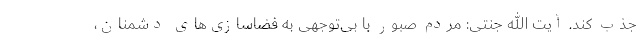
جذب کند. آیت الله جنتی: مردم صبور با بی‌توجهی به فضاسازی‌های دشمنان،